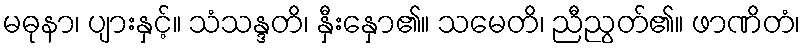
မဓုနာ၊ ပျားနှင့်။ သံသန္ဒတိ၊ နှီးနှော၏။ သမေတိ၊ ညီညွတ်၏။ ဖာဏိတံ၊